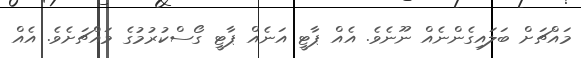
މައްޗަށް ބަލައިގެންނެއް ނޫނެވެ. އެއް ޕާޓީ އަނެއް ޕާޓީ ގޯސްކުރުމުގެ މައްޗަށެވެ. އެއް